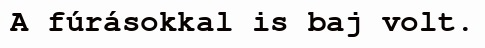
A fúrásokkal is baj volt.